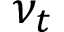
\nu _ { t }